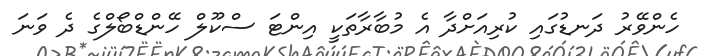
ހެންވޭރު ދަނޑުގައި ކުރިއަށްދާ އެ މުބާރާތަކީ އިންޓަ ސްކޫލް ހޭންޑްބޯލްގެ ދެ ވަނަ